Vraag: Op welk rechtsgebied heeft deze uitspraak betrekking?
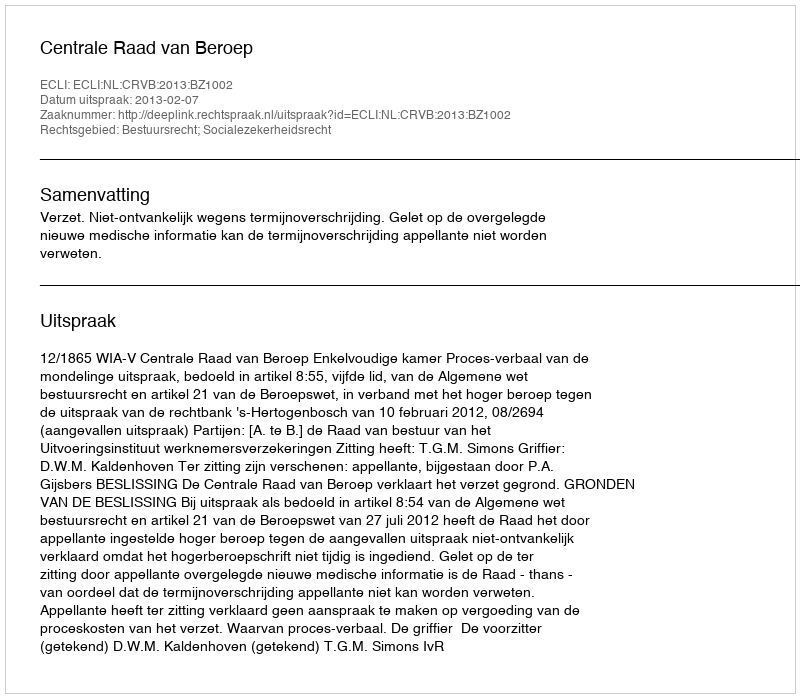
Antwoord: Bestuursrecht; Socialezekerheidsrecht